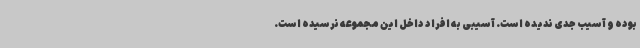
بوده و آسیب جدی ندیده است. آسیبی به افراد داخل این مجموعه نرسیده است.